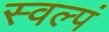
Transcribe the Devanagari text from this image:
स्वल्पं